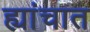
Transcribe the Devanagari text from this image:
ह्यांचात